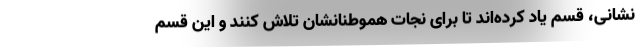
نشانی، قسم یاد کرده‌اند تا برای نجات هموطنانشان تلاش کنند و این قسم